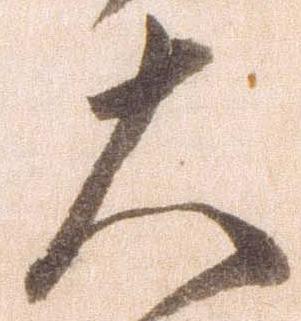
大